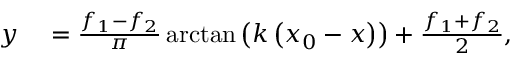
\begin{array} { r l } { y } & { { } = \frac { f _ { 1 } - f _ { 2 } } { \pi } \arctan \left( k \left( x _ { 0 } - x \right) \right) + \frac { f _ { 1 } + f _ { 2 } } { 2 } , } \end{array}